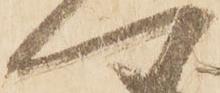
へ